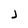
Character: j